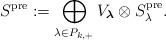
LaTeX: \begin{align*}S^{\mathrm{pre}}:= \bigoplus_{\lambda \in P_{k,+}} V_{\boldsymbol{\lambda}} \otimes S^{\mathrm{pre}}_{\lambda}. \end{align*}